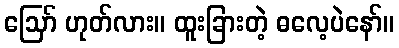
ဪ ဟုတ်လား။ ထူးခြားတဲ့ ဓလေ့ပဲနော်။